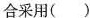
合采用( )